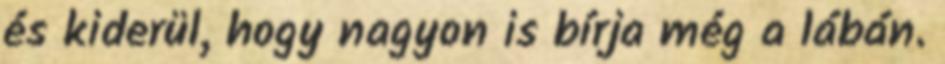
és kiderül, hogy nagyon is bírja még a lábán.